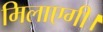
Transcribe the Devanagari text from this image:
मिलाएगी।